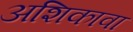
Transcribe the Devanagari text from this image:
अशिकावा